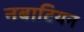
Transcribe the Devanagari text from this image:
नबाटियन